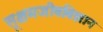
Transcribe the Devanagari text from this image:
सूक्षमजीवविज्ञान